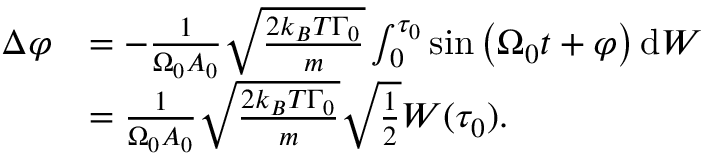
\begin{array} { r l } { \Delta \varphi } & { = - \frac { 1 } { \Omega _ { 0 } A _ { 0 } } \sqrt { \frac { 2 k _ { B } T \Gamma _ { 0 } } { m } } \int _ { 0 } ^ { \tau _ { 0 } } \sin \left( \Omega _ { 0 } t + \varphi \right) \mathrm { d } W } \\ & { = \frac { 1 } { \Omega _ { 0 } A _ { 0 } } \sqrt { \frac { 2 k _ { B } T \Gamma _ { 0 } } { m } } \sqrt { \frac { 1 } { 2 } } W ( \tau _ { 0 } ) \mathrm { . } } \end{array}